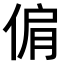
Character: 𠊘